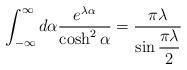
LaTeX: \begin{align*}\int_{-\infty}^\infty d\alpha\frac{e^{\lambda\alpha}}{\cosh^2\alpha}=\frac{\pi\lambda}{\sin\displaystyle\frac{\pi\lambda}{2}}\end{align*}